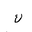
Letter: _kaf